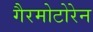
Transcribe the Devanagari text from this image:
गैरमोटोरेन